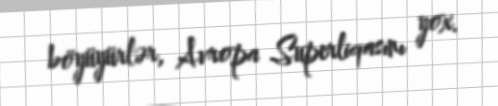
böyüyürlər, Avropa Superliqasını yox.